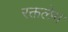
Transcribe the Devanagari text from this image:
रक्तलेप